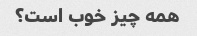
همه چیز خوب است؟